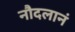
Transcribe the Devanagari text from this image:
नौदलानं